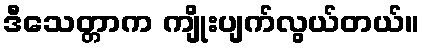
ဒီသေတ္တာက ကျိုးပျက်လွယ်တယ်။